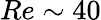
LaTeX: Re\sim 40